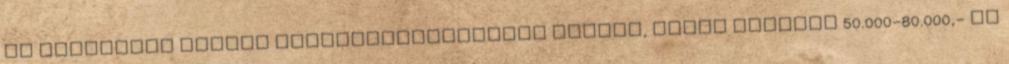
és részletes leírás termékkategóriákra bontva, Miért fizetne 50.000-80.000,- Ft